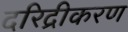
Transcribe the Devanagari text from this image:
दरिद्रीकरण